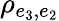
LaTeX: \rho_{e_{3},e_{2}}